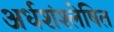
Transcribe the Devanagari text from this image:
अर्धशंश्लेषित